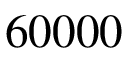
6 0 0 0 0